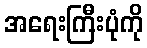
အရေးကြီးပုံကို